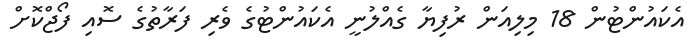
އެކައުންޓުން 18 މިލިއަން ރުފިޔާ ގެއްލުނީ އެކައުންޓުގެ ވެރި ފަރާތުގެ ސޮއި ފޯޖްކޮށް